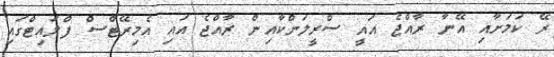
ރޭ ކަމަށާއި އޭނާ ރާއްޖެ އައީ ސްރީލަންކާއިން ރާއްޖެ އައި އެމިރޭޓްސް ފްލައިޓްގައި